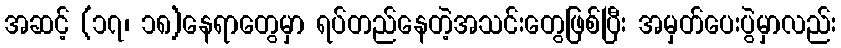
အဆင့် (၁၇၊ ၁၈)နေရာတွေမှာ ရပ်တည်နေတဲ့အသင်းတွေဖြစ်ပြီး အမှတ်ပေးပွဲမှာလည်း